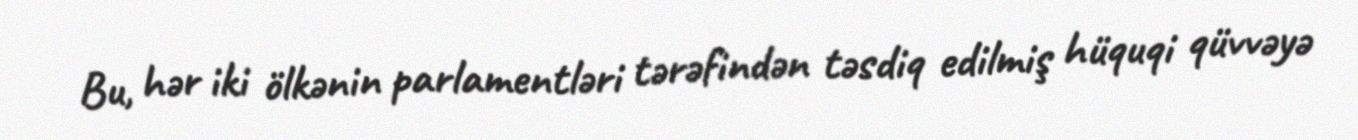
Bu, hər iki ölkənin parlamentləri tərəfindən təsdiq edilmiş hüquqi qüvvəyə